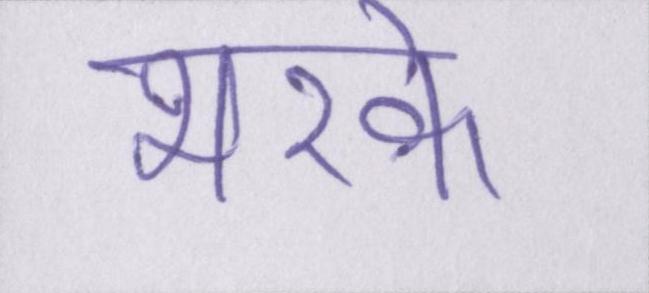
भरके